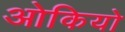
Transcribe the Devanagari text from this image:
ओकियो